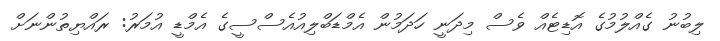
ލިބުނު ގެއްލުމުގެ އޮޑިޓެއް ވެސް މިދަނީ ހަދަމުން އެމްޑަބްލިއުއެސްސީގެ އެމްޑީ އުމަރު: ރައްޔިތުންނަށް